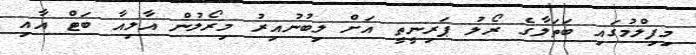
މިފިލްމުގައި ބަތަލާގެ ރޯލު ޕަރިނީތީ އަށް ލިބުނުއިރު މިރޯލުން އާލިއާ ބަޓް އާއި